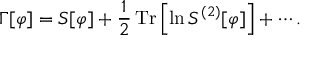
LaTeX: \Gamma [ \varphi ] = S [ \varphi ] + { \frac { 1 } { 2 } } \operatorname { T r } \left[ \ln { S ^ { ( 2 ) } [ \varphi ] } \right] + \cdots .